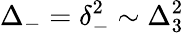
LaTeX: \Delta_{-}=\delta_{-}^{2}\sim\Delta_{3}^{2}